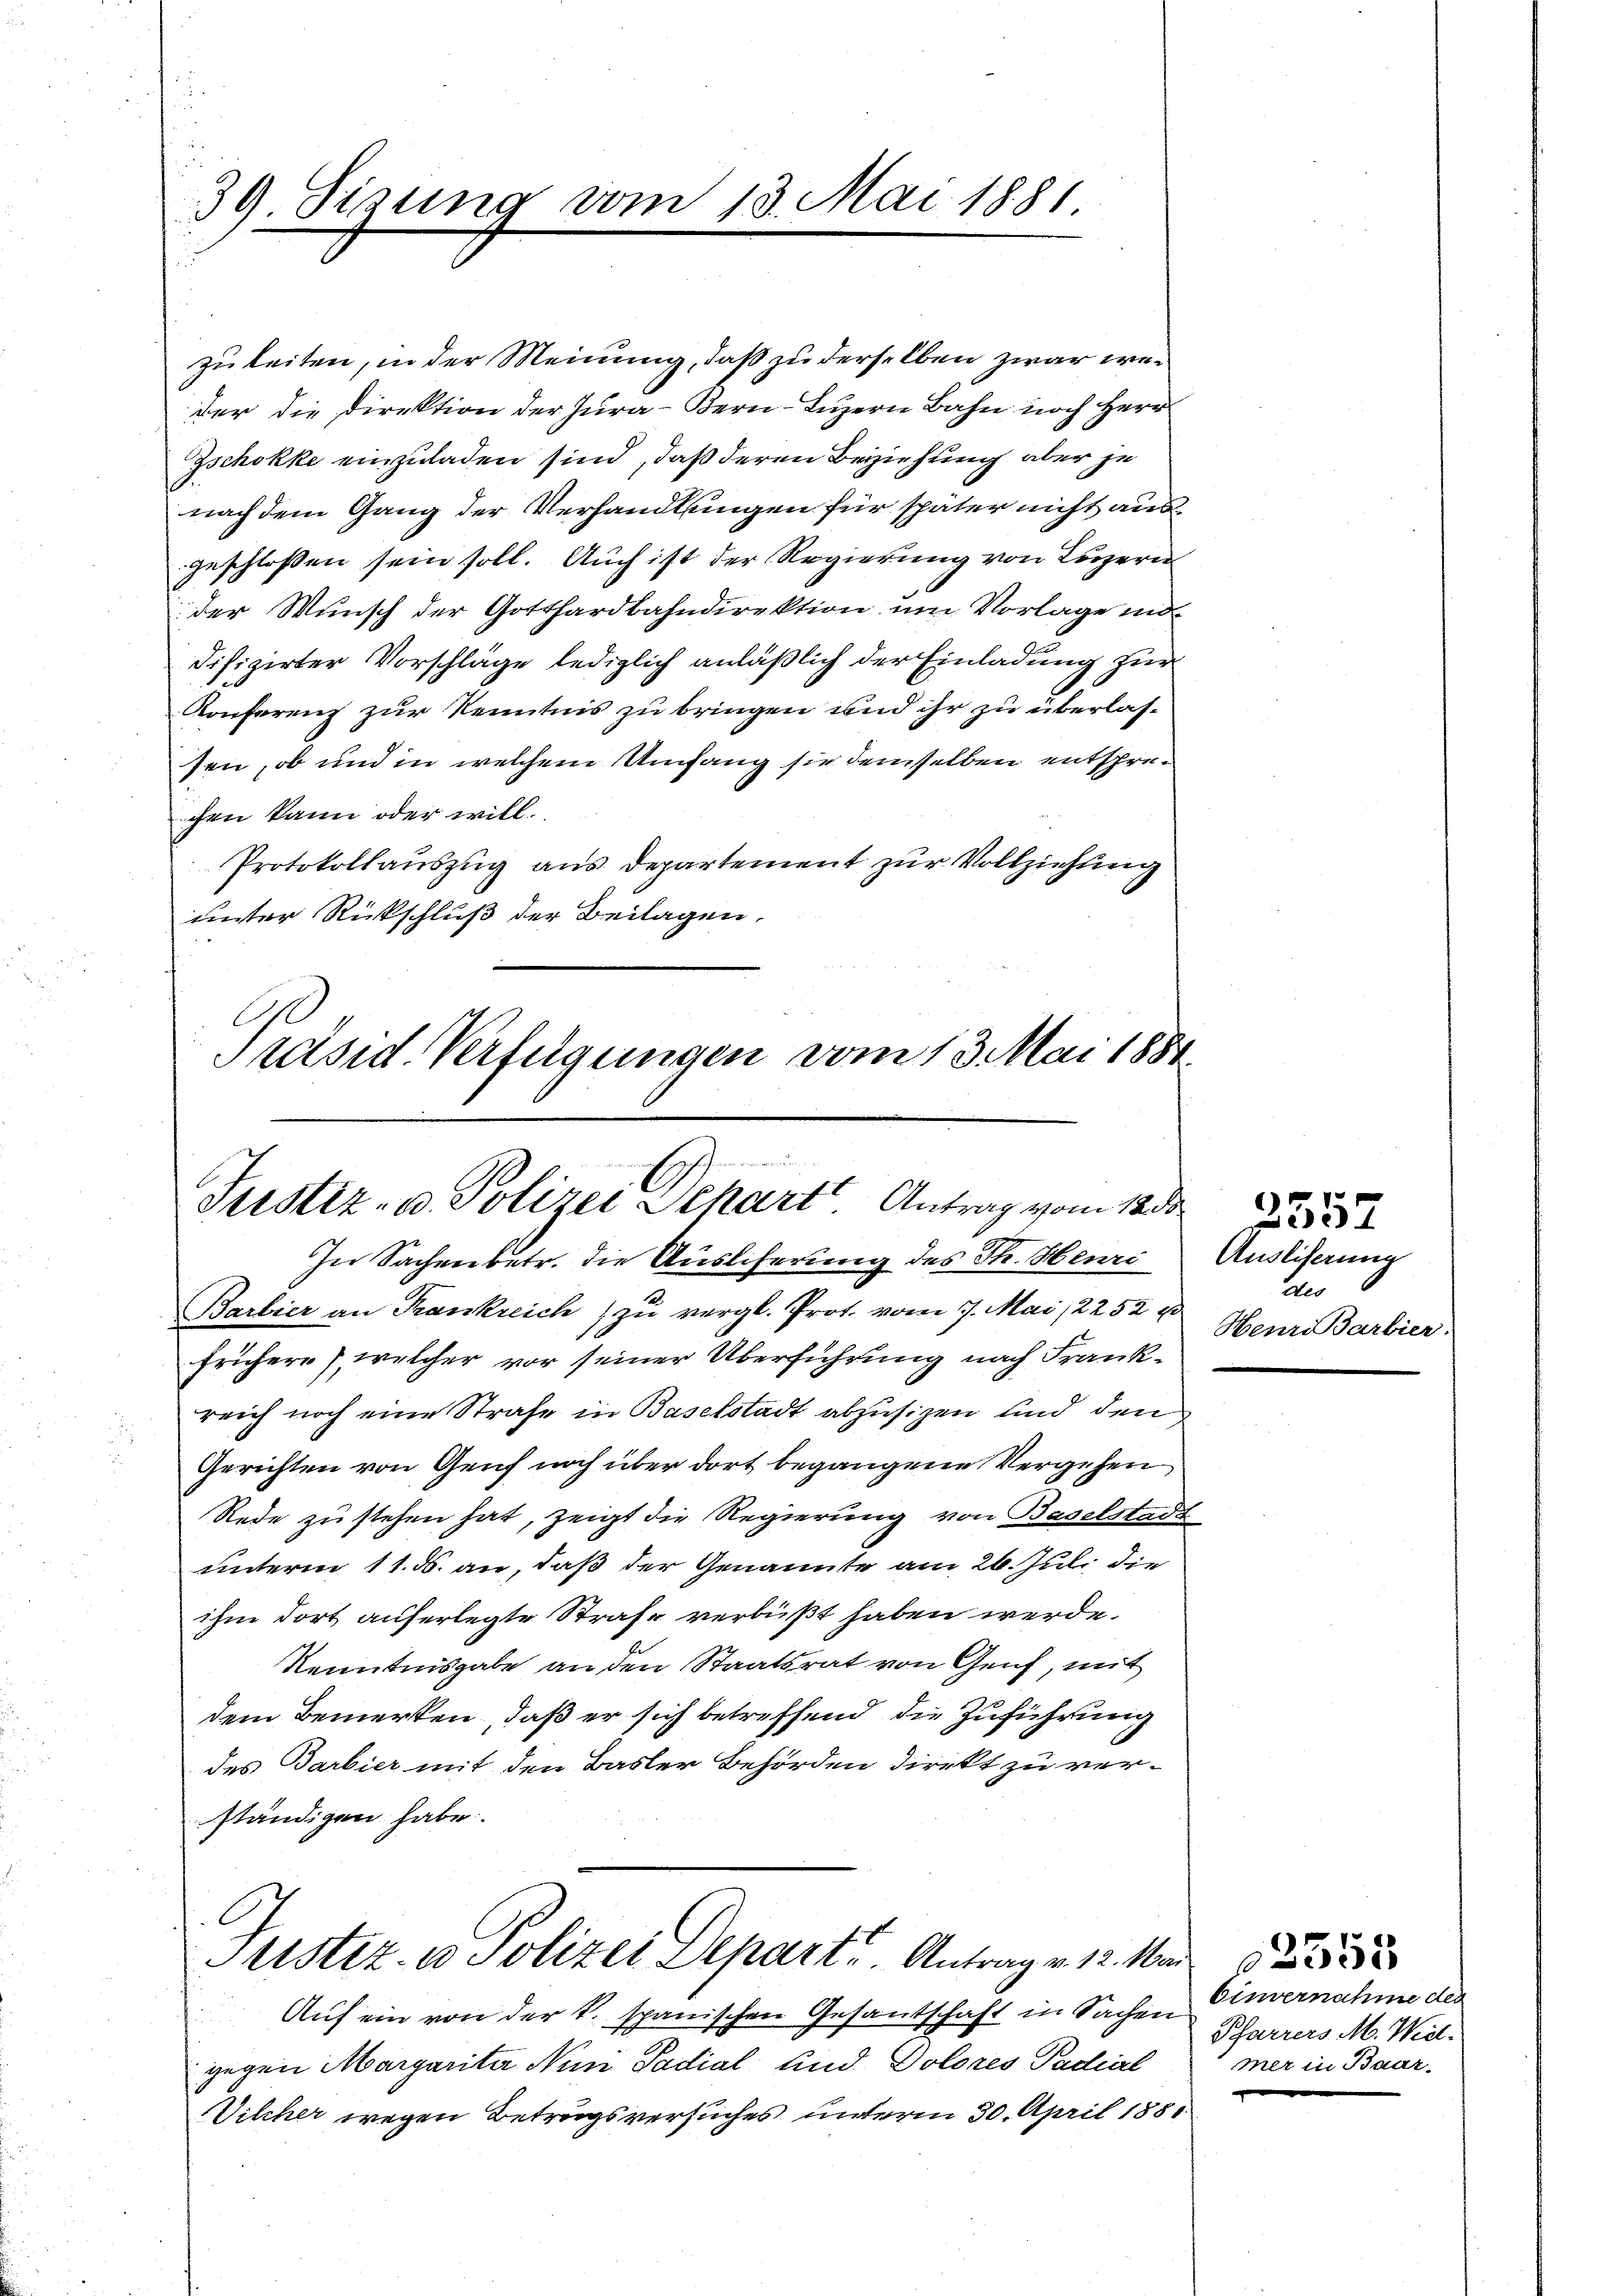
39. Sizung vom 13. Mai 1881.

Justiz- u. Polizei Dehart. Antrag vom 12 de

zuleiten, in der Meinung, daß zu derselben zwar weder die Direktion der Jura - Bern Luzern Bahn noch Herr
Zschokke einzuladen sind, daß deren Beziehung aber je
nach dem Gang der Verhandlungen für später nicht ausgeschlossen sein soll. Auch ist der Regierung von Luzern
der Wunsch der Gotthardbahndirektion um Vorlage ind
difizirter Vorschläge lediglich anläßlich der Einladung zur
Konferenz zur Kenntnis zu bringen und ihr zu überlassen, ob und in welchem Umfang sie demselben entsprechen kann oder will.
Protokollauszug aus Departement zur Vollziehung
unter Rückschluß der Beilagen.
Präsid. Verfügungen vom 13. Mai 1881.

In Sachenbetr. die Auslieferung des Th. Henri Auslihung
Barbier an Frankreich zu vergl. Prot. vom 7. Mai 12252 u
frühere), welcher vor seiner Überführung nach Frankreich noch eine Strafe in Baselstadt abzusizen und den
Gerichten von Genf noch über dort begangene Vergehen
Rede zu stehen hat, zeigt die Regierung von Baselstadt
unterm 11. d. an, daß der Genannte am 26. Juli die
ihm dort auferlegte Strafe verbüßt haben werde.
Kenntnisgabe an den Staatsrat von Genf, mit
dem Bemerken, daß er sich betreffend die Zuführung
des Barbier mit den Basler Behörden direkt zu verständigen habe.
Justiz in Polizei Depart. Antrage 12. Ma
Auf ein von der k. spanischen Gesandschaft in Sachen Einvernahme des
gegen Margarita Nun Sadial und Golores Padial
Vilcher wegen Betragsversuches unterm 30. April 188

teo
Henri Barbier.

2257

Pfarrers M. Wedl.
mer in Baar-